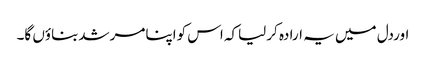
اوردل میں یہ ارادہ کرلیاکہ اس کواپنامرشدبناؤں گا۔